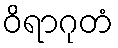
ဝိရာဂုတံ